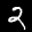
Label: 2